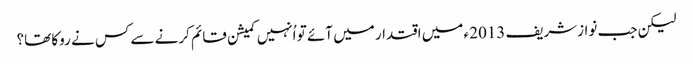
لیکن جب نوازشریف 2013 ء میں اقتدار میں آئے تو اُنہیں کمیشن قائم کرنے سے کس نے روکا تھا؟